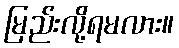
မြည်းလို့ရမလား။